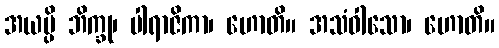
အယမ္ပိ ဘိက္ခု၊ ပါရာဇိကာ၊ ဟောတိ။ အသံဝါသော၊ ဟောတိ။